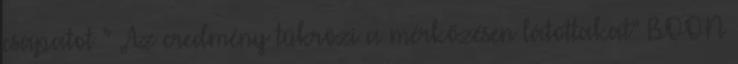
csapatot ” „Az eredmény tükrözi a mérkőzésen látottakat” BOON